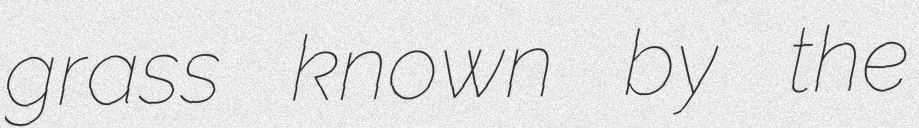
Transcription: grass known by the